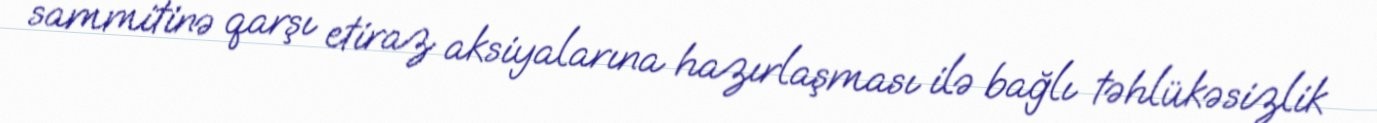
sammitinə qarşı etiraz aksiyalarına hazırlaşması ilə bağlı təhlükəsizlik